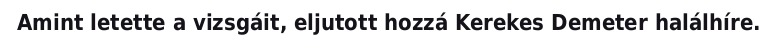
Amint letette a vizsgáit, eljutott hozzá Kerekes Demeter halálhíre.